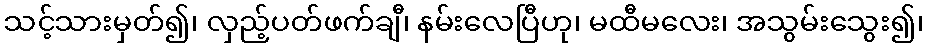
သင့်သားမှတ်၍၊ လှည့်ပတ်ဖက်ချီ၊ နမ်းလေပြီဟု၊ မထီမလေး၊ အသွမ်းသွေး၍၊